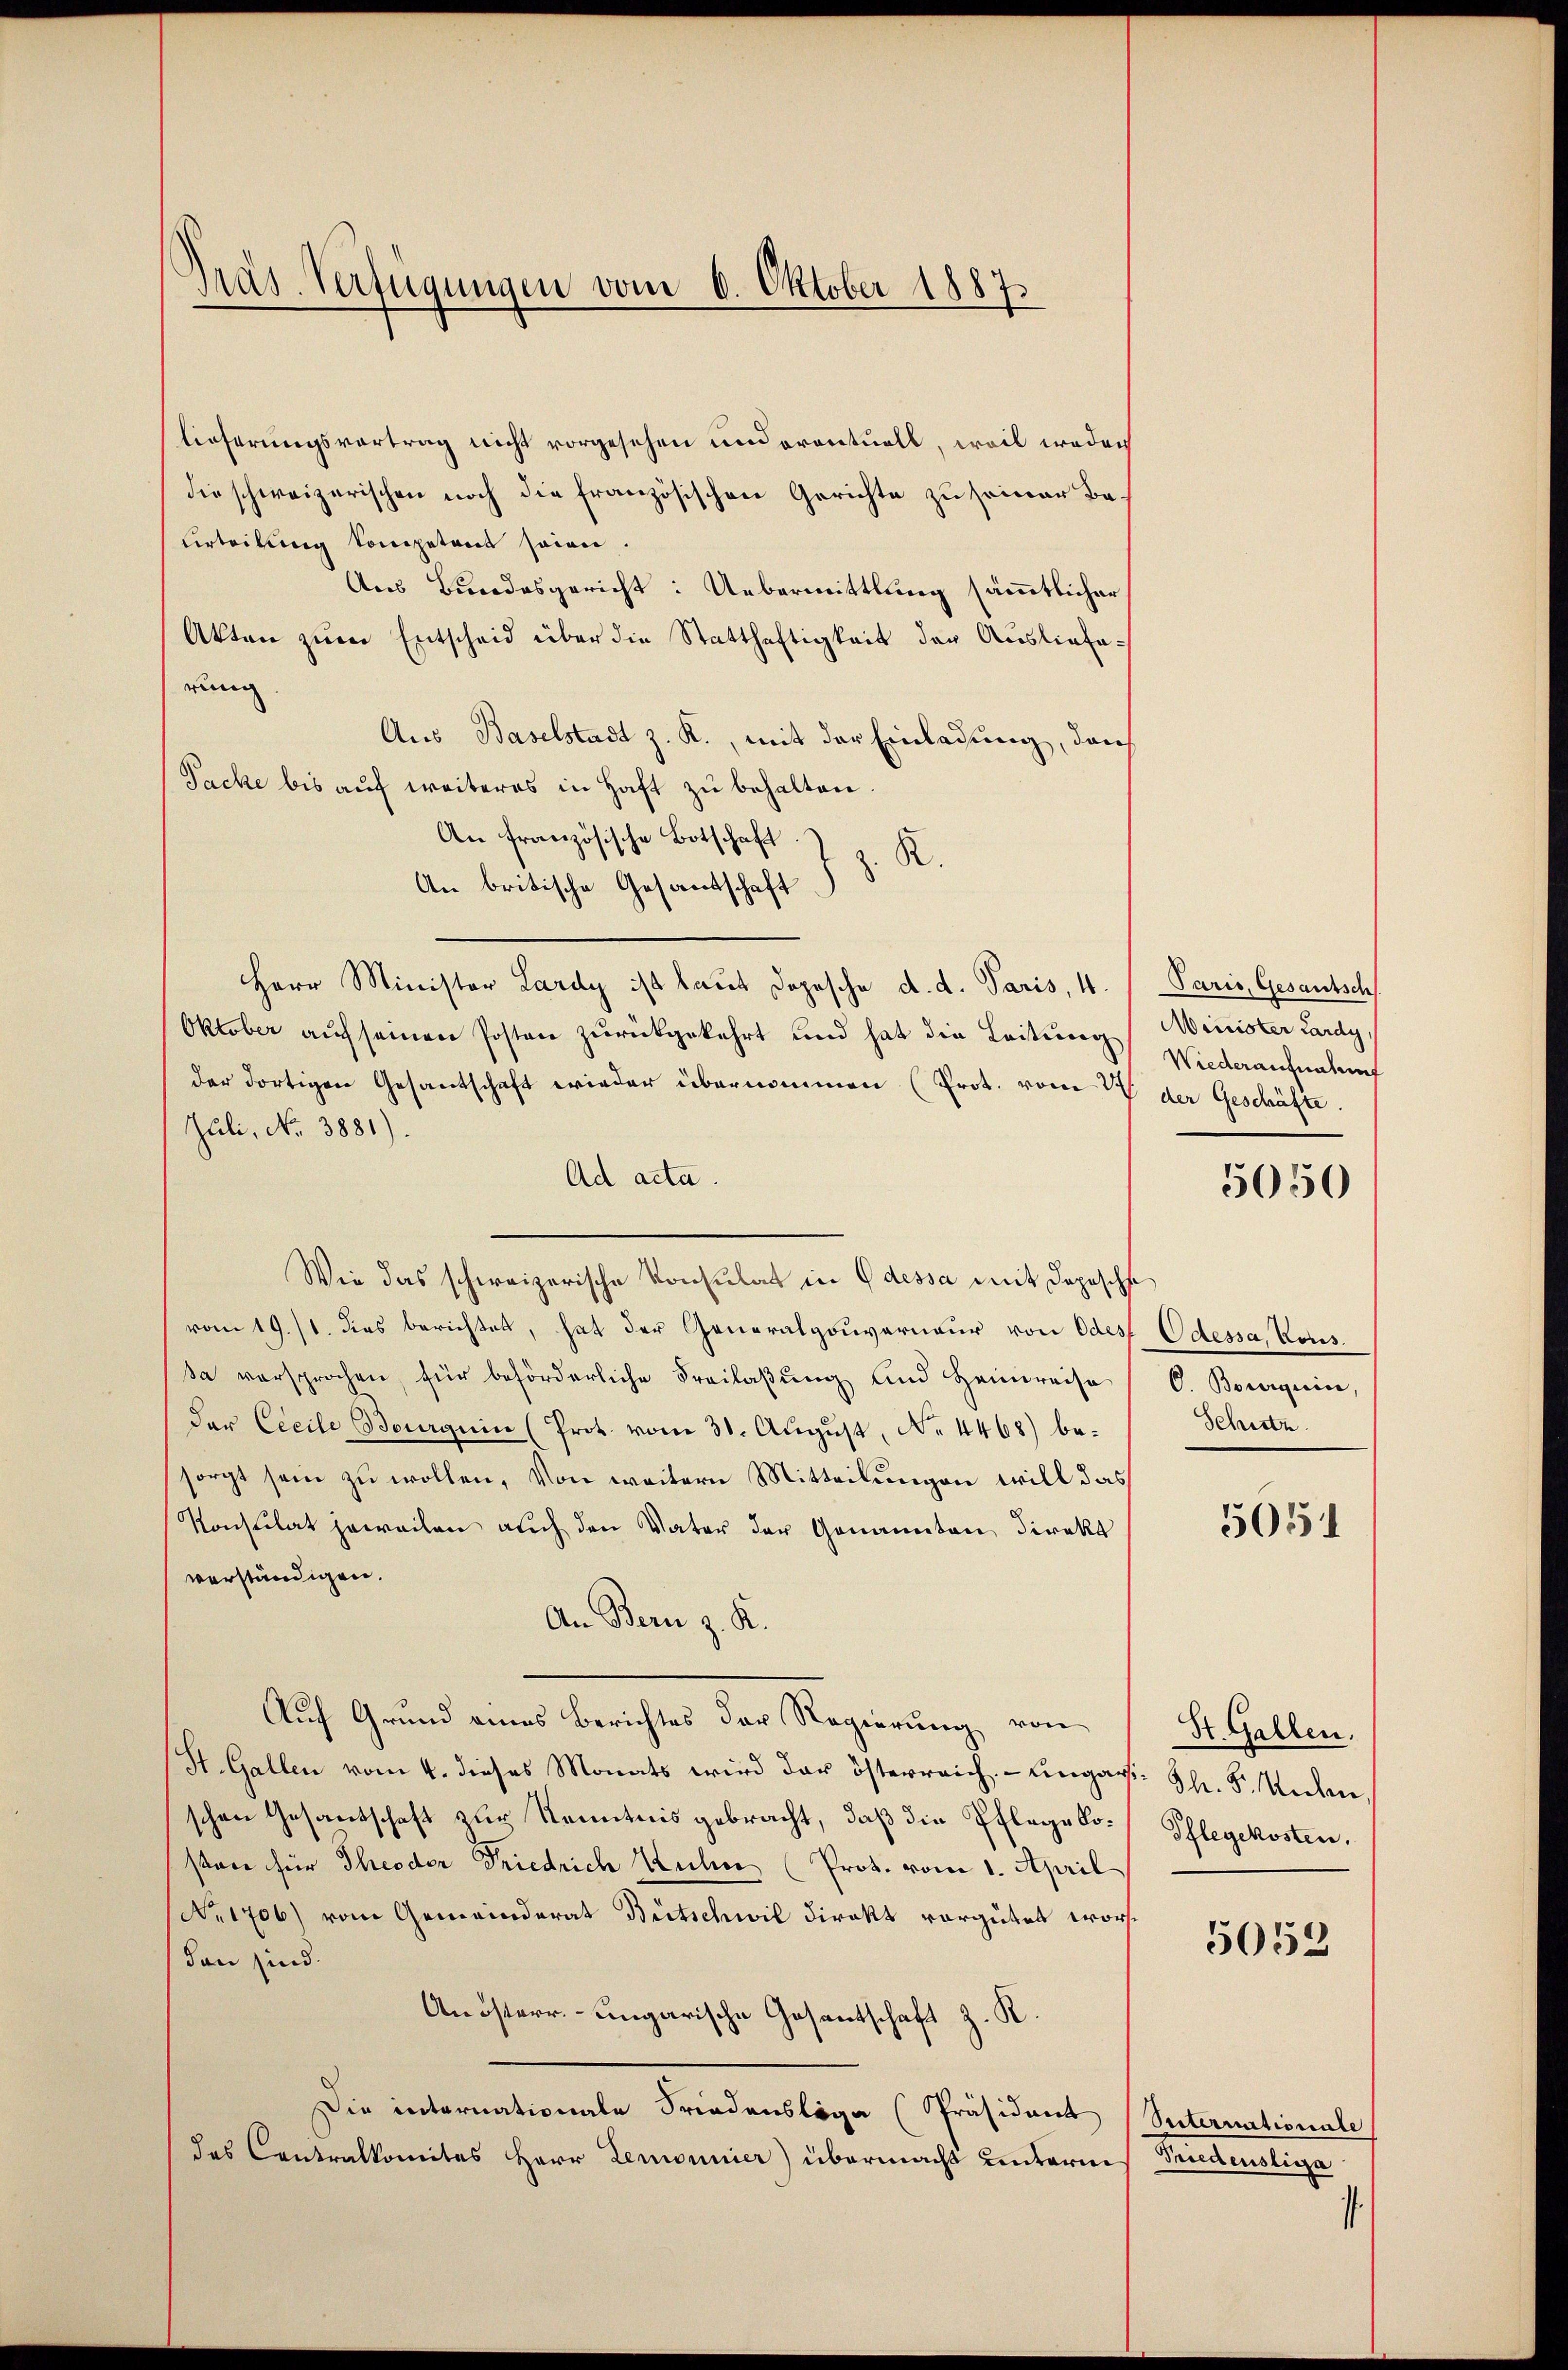
Präs. Verfügungen vom 6. Oktober 1887.

lieferungsvortrag nicht vorgesehen und eventuell, weil weder
die schweizerischen noch die französischen Gerichte zu seiner Be¬
Urteilung kompetent seien.
Aus Bundesgericht: Uebermittlung sämmtlicher
Akten zum Entscheid über die Statthaftigkeit der Auslieferung
Aus Baselstadt z. R., mit der Einladung, durch
Sache bis auf weiteres in Haft zu behalten.
An französische Botschaft.
R.
An britische Gesandtschaft
Herr Minister Lardy ist laut dopesche d. d. Paris, 4.
Oktober aŭf seinen Posten zurückgekehrt und hat die Leitungder dortigen Gesantschaft wieder übernommen (Prot. vom 24 der Geschäfte.
Juli, No 3881).
Ad acta.
Wie das schweizerische Konsulat in Odessa mit Depesche
vom 19./1. dies berichtet, hat der Generalgouverneur von Odes Odessa, Kons.
sa versprochen, für beförderliche Freilaβŭng und Heimreise (C. Boguin,
der Cecile Bourquin (Prot. vom 31. Aŭgŭst No. 4468) besorgt sein zu wollen. Von weitern Mitteilungen will das
Konsulat jeweilen auch den Vater der Genannten direkt
verständigen.
An Bern z. K.
Auf Grund eines Berichtes der Regierung von
(St. Gallen vom 4. dieses Monats wird der österreich. - Eingar. Th. F. Unten,
schen Gesantschaft zur Kenntnis gebracht, daß die Pflege Koson für Theodor Friedrich Kucher (Prot. vom 1. April
No. 1706) vom Gemeinderat Bütschwil direkt vergütet wordan sind.
Anösterr.-ungarische Gesantschaft z. R.
Die internationale Friedensloge (Präsident Suternationale
das Contralkomites Herr Demonnier) übermacht unternes Sandensliga

Paris, Gesantsch
Minister Lardy,
Wiederaufnahme

5050

Schutz
5051

St. Gallen.
Pflegekosten.

5052

e